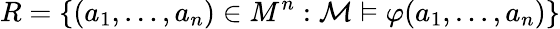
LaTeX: R=\{ (a_{1},\ldots,a_{n})\in M^{n}:{\mathcal{M}}\vDash\varphi(a_{1},\ldots,a_{n})\}